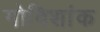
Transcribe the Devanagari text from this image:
गोविशांक